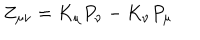
LaTeX: Z _ { \mu \nu } = K _ { \mu } P _ { \nu } - K _ { \nu } P _ { \mu }